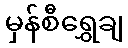
မှန်စီရွှေချ